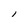
Character: l